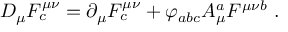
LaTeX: D _ { \mu } F _ { c } ^ { \mu \nu } = \partial _ { \mu } F _ { c } ^ { \mu \nu } + \varphi _ { a b c } A _ { \mu } ^ { a } F ^ { \mu \nu b } ~ .